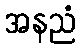
အနညံ